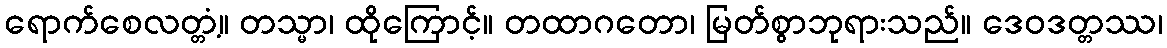
ရောက်စေလတ္တံ့။ တသ္မာ၊ ထိုကြောင့်။ တထာဂတော၊ မြတ်စွာဘုရားသည်။ ဒေဝဒတ္တဿ၊